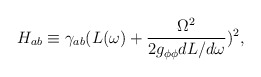
\begin{align*}H_{ab}\equiv\gamma_{ab}(L(\omega)+\frac{\Omega^2}{2g_{\phi\phi}dL/d\omega})^2,\end{align*}